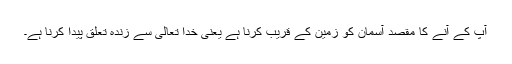
آپ کے آنے کا مقصد آسمان کو زمین کے قریب کرنا ہے یعنی خدا تعالیٰ سے زندہ تعلق پیدا کرنا ہے۔